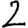
Digit: 2